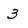
Character: 3